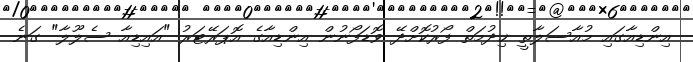
އިންޑިއާގައި މުއާސަލާތީ ޚިދުމަތް ފޯރުކޮށްދޭ ވޮޑަފޯނުން އިންޑިއާގެ އޮޕަރޭޓަރު "އައިޑިއާ ސެލޫލާ" ގަނެ